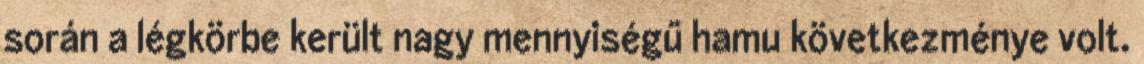
során a légkörbe került nagy mennyiségű hamu következménye volt.